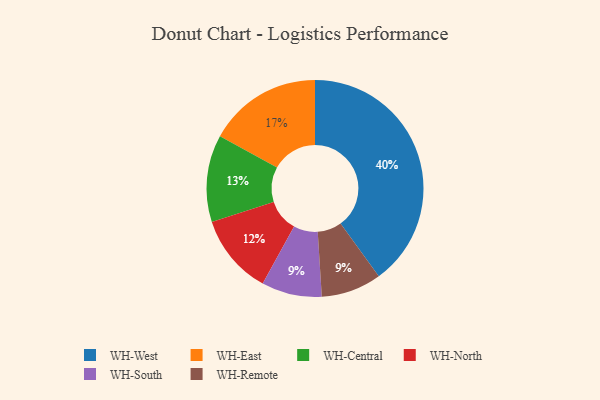
{"axis": {"x": "Category", "y": "Percentage"}, "legend": ["WH-Central", "WH-East", "WH-North", "WH-Remote", "WH-South", "WH-West"], "data": [{"x": "WH-Central", "y": 13, "type": "WH-Central"}, {"x": "WH-East", "y": 17, "type": "WH-East"}, {"x": "WH-South", "y": 9, "type": "WH-South"}, {"x": "WH-Remote", "y": 9, "type": "WH-Remote"}, {"x": "WH-North", "y": 12, "type": "WH-North"}, {"x": "WH-West", "y": 40, "type": "WH-West"}]}